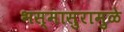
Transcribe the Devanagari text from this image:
भस्मासुरामुळे